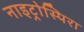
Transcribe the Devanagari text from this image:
नाइट्रोस्पिरा